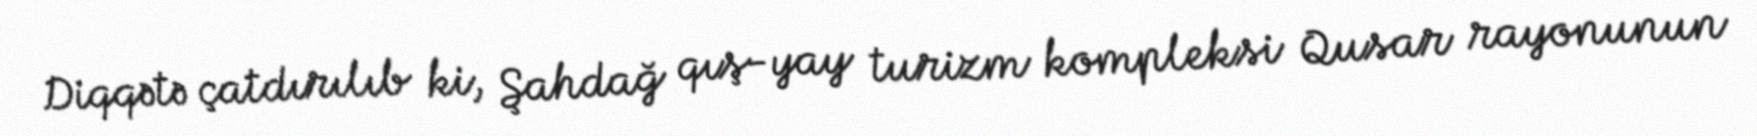
Diqqətə çatdırılıb ki, Şahdağ qış-yay turizm kompleksi Qusar rayonunun